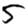
Digit: 5